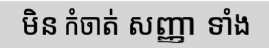
មិន កំចាត់ សញ្ញា ទាំង